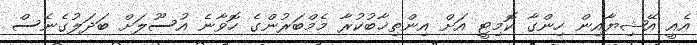
އެއީ އޭޝިޔާއިން ހިންގާ ކޮމިޓީ އަށް އިންތިޚާބުކުރާ މެމްބަރުންގެ ހޮވާނެ އުސޫލަށް ބަދަލުގެނެސް